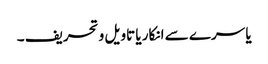
یا سرے سے انکار یا تاویل و تحریف ۔